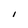
Character: I